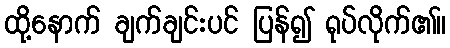
ထို့နောက် ချက်ချင်းပင် ပြန်၍ ရုပ်လိုက်၏။